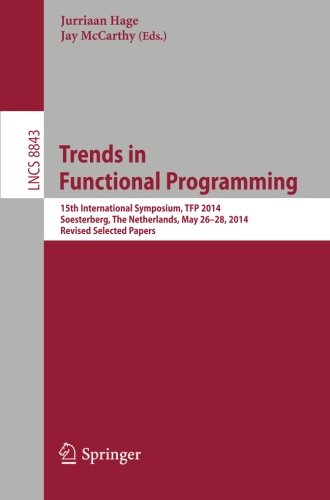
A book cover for Trends in Functional Programming: 15th International Symposium, TFP 2014, Soesterberg, The Netherlands, May 26-28, 2014. Revised Selected Papers (Lecture Notes in Computer Science); Computers & Technology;